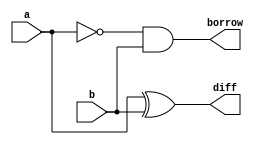
`timescale 1ns / 1ps
//////////////////////////////////////////////////////////////////////////////////
// Company: 
// Engineer: 
// 
// Design Name: 
// Module Name:    Half_subtractor 
// Project Name: 
// Target Devices: 
// Tool versions: 
// Description: 
//
// Dependencies: 
//
// Revision: 
// Revision 0.01 - File Created
// Additional Comments: 
//
//////////////////////////////////////////////////////////////////////////////////
module Half_subtractor(a,b,diff,borrow);
input a,b;
output diff,borrow;
assign diff=a^b;
assign borrow=~a&b;
endmodule